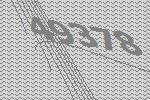
49378